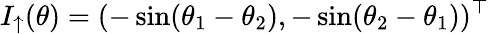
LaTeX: I_{\uparrow}(\theta)=(-\sin(\theta_{1}-\theta_{2}),-\sin(\theta_{2}-\theta_{1}))^{\top}